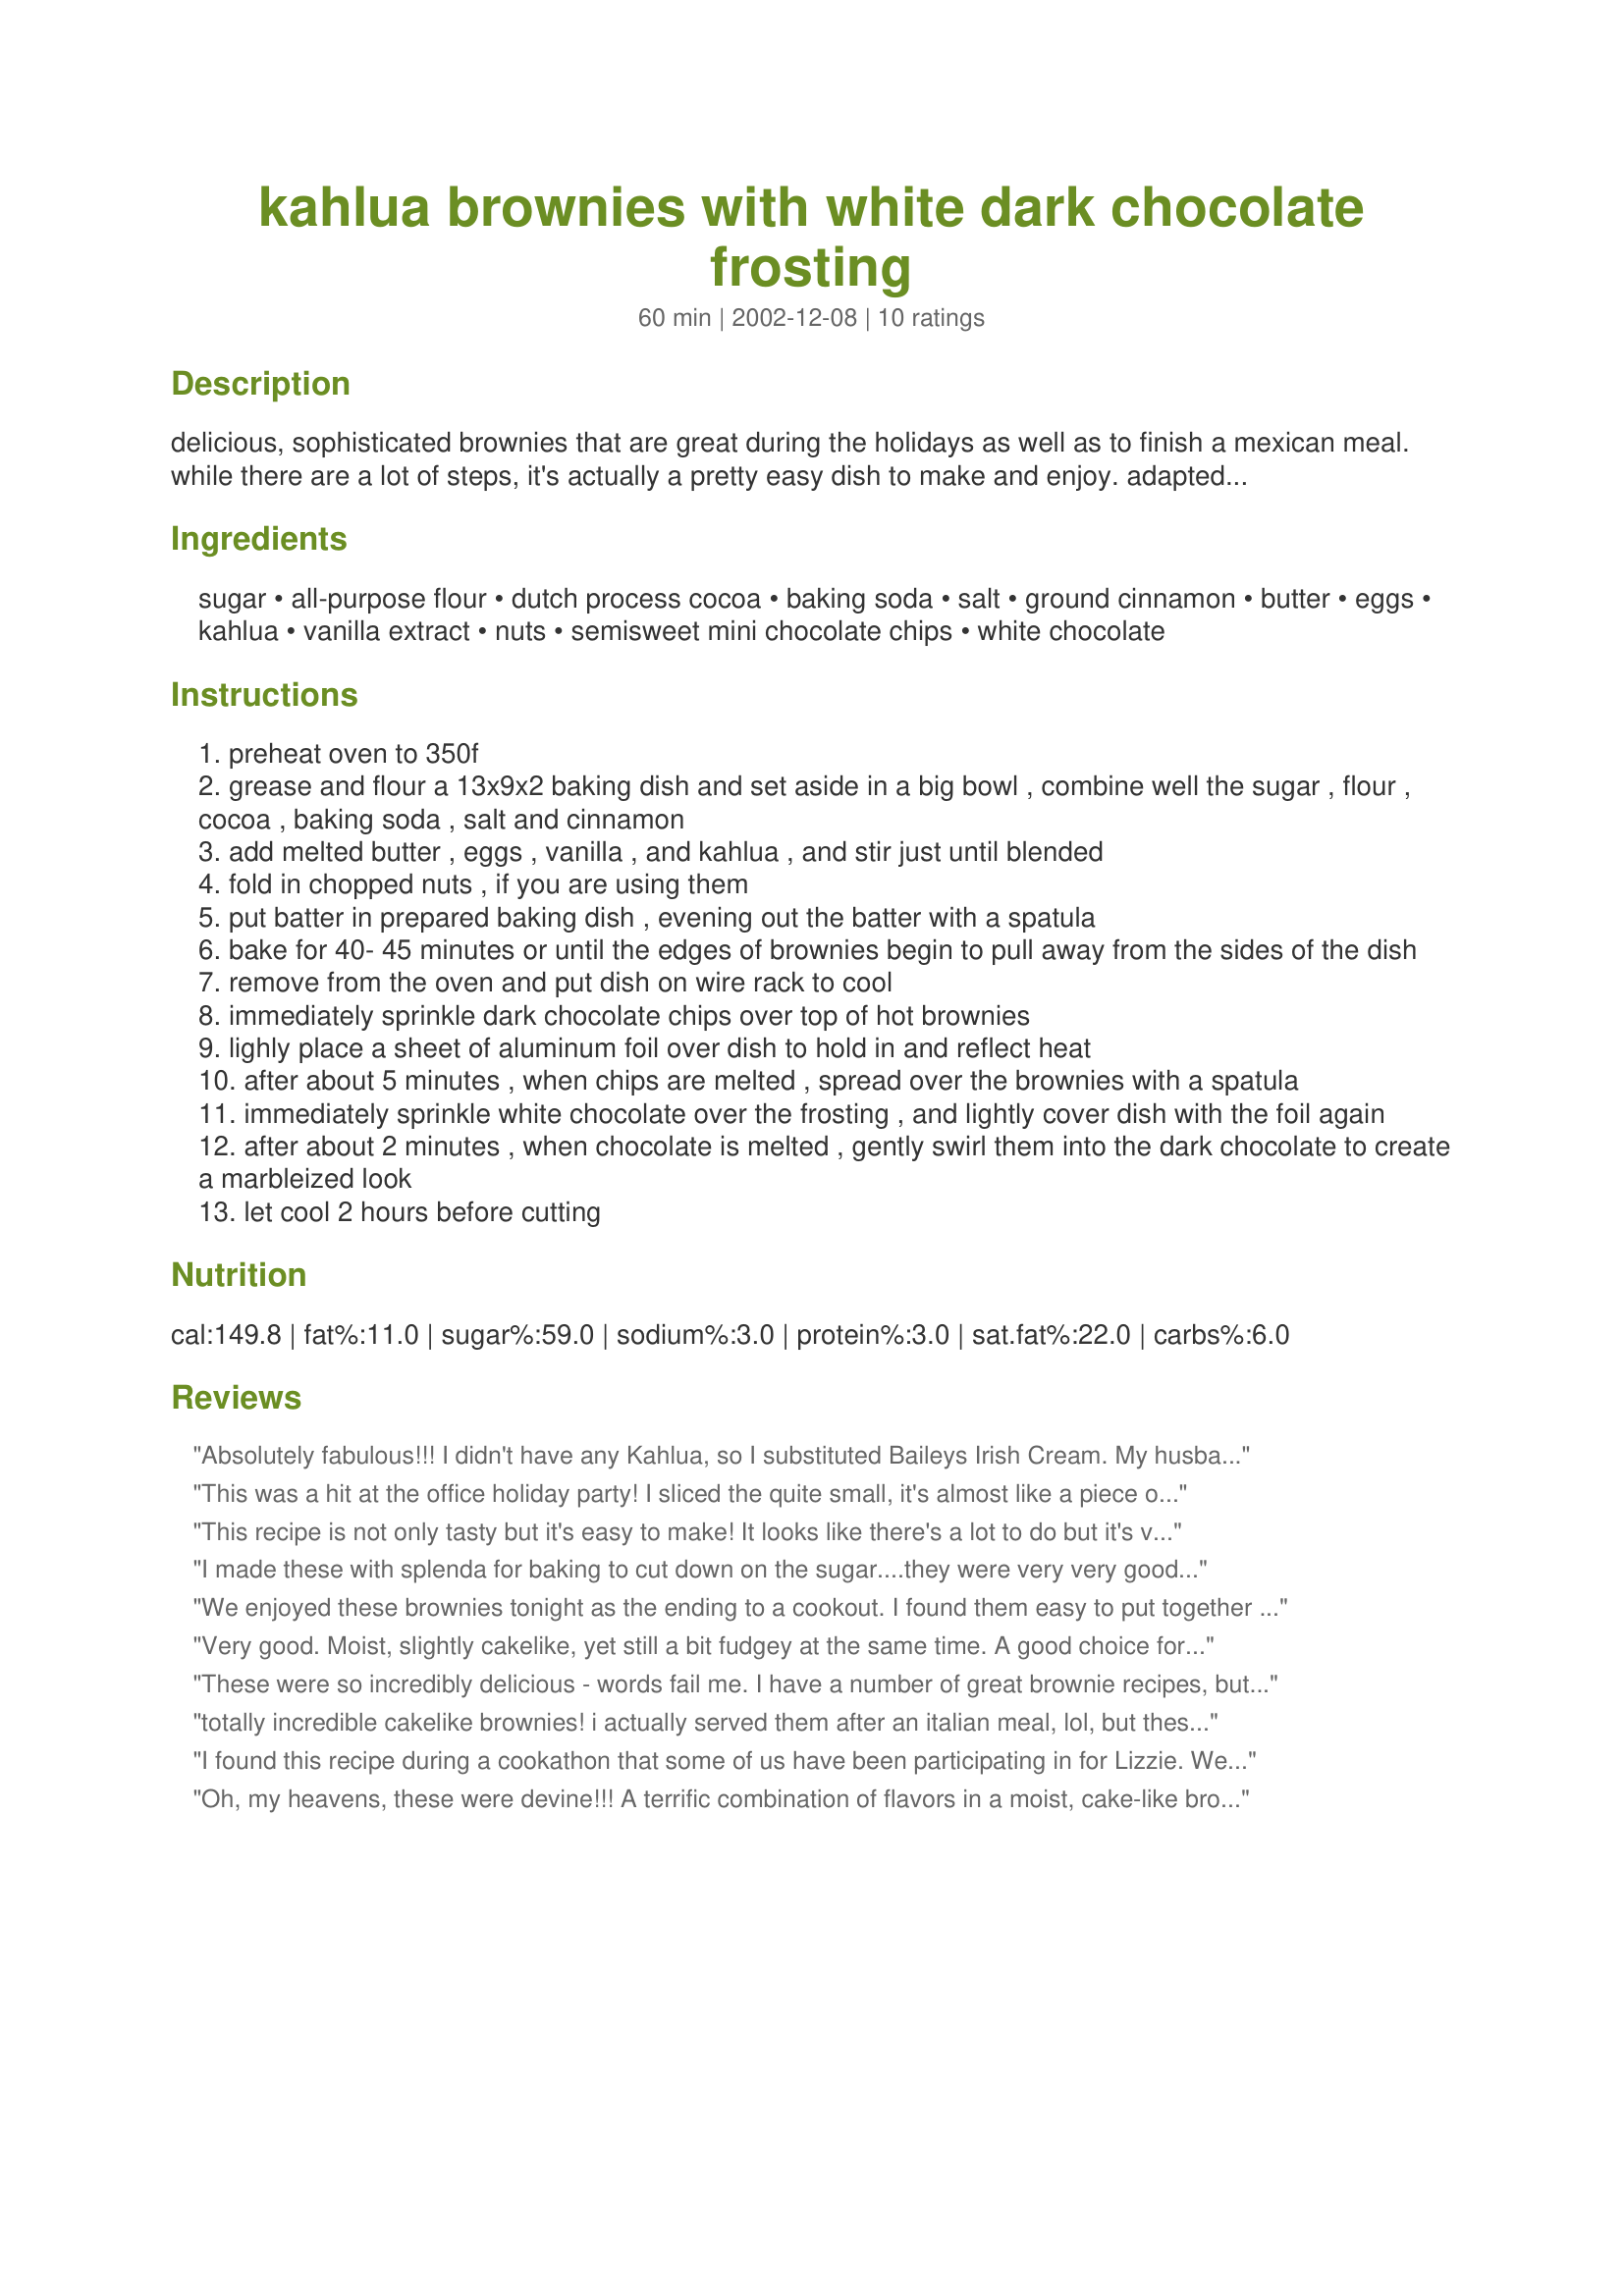
kahlua brownies with white dark chocolate frosting
Preparation time: 60 minutes

delicious, sophisticated brownies that are great during the holidays as well as to finish a mexican meal. while there are a lot of steps, it's actually a pretty easy dish to make and enjoy. adapted from "layers of flavor" by ray overton.

Ingredients:
sugar, all-purpose flour, dutch process cocoa, baking soda, salt, ground cinnamon, butter, eggs, kahlua, vanilla extract, nuts, semisweet mini chocolate chips, white chocolate

Steps:
preheat oven to 350f
grease and flour a 13x9x2 baking dish and set aside in a big bowl , combine well the sugar , flour , cocoa , baking soda , salt and cinnamon
add melted butter , eggs , vanilla , and kahlua , and stir just until blended
fold in chopped nuts , if you are using them
put batter in prepared baking dish , evening out the batter with a spatula
bake for 40- 45 minutes or until the edges of brownies begin to pull away from the sides of the dish
remove from the oven and put dish on wire rack to cool
immediately sprinkle dark chocolate chips over top of hot brownies
lighly place a sheet of aluminum foil over dish to hold in and reflect heat
after about 5 minutes , when chips are melted , spread over the brownies with a spatula
immediately sprinkle white chocolate over the frosting , and lightly cover dish with the foil again
after about 2 minutes , when chocolate is melted , gently swirl them into the dark chocolate to create a marbleized look
let cool 2 hours before cutting

Reviews:
Absolutely fabulous!!! I didn't have any Kahlua, so I substituted Baileys Irish Cream. My husband raved about these, and he doesn't even care for chocolate all that much. The brownies were more cakelike than fudgy, and I baked them a full 45 minutes (next time I'd probably stop at 40, but that's my mistake, and no fault of the recipe). I had my doubts about using chocolate chips for the frosting, but they made a delicious frosting, and spread nicely over the finished brownies for me. I didn't measure the white chocolate chips, just scattered a good handful over the melted chocolate chips. I'll definitely keep this one in my cookbook and make it again!
This was a hit at the office holiday party! I sliced the quite small, it's almost like a piece of brownie w/fudge on top!
This recipe is not only tasty but it's easy to make! It looks like there's a lot to do but it's very easy to make. I did cut the sugar just a tad and I didn't have any white chocolate so I added a little Reeses Peanut Butter Chips. I got my wonderful kahlua flavor from Dana's Home Made Kahlua Recipe #18458. I will definitely be making this again. Thank you for sharing.
I made these with splenda for baking to cut down on the sugar....they were very very good...
We enjoyed these brownies tonight as the ending to a cookout. I found them easy to put together and bake. I should have checked them sooner because as the minimum amount of time they were a tad overcooked. Not sure that it's something I'd rush to make again (they were good - just not phenomenal) but we enjoyed them. Thanks so much for posting!
Very good. Moist, slightly cakelike, yet still a bit fudgey at the same time. A good choice for a potluck or bake sale as this makes a ton of brownies. The icing trick with the chocolate chips, while very inventive, didn't work as well for me. Even though I followed the directions carefully, when I used my spatula to spread the melted chips across the brownies, some parts of the top lyaer of the brownies started to pull up & tear. This did nothing to affect the taste, but did affect the appearance. Still, this is a very good recipe and worth repeating. Thanks for sharing.
These were so incredibly delicious - words fail me. I have a number of great brownie recipes, but this surpasses all of them. I'll definitely be making these on a regular basis.
totally incredible cakelike brownies! i actually served them after an italian meal, lol, but these were to die for! baking time was right on and we all enjoyed every crumb! this one is a keeper.
I found this recipe during a cookathon that some of us have been participating in for Lizzie. We bring snacks to work on Fridays and this was the hit of the day!! I didn't do the marbelizing trick with the white chocolate. I just drizzled some on top of the chocolate frosting in a swirly pattern. These were to die for!! I guarantee I'll be making these again.
Oh, my heavens, these were devine!!! A terrific combination of flavors in a moist, cake-like brownie. We couldn't wait for them to cool completely, so we ate the first few pieces while they were still warm. I'm surprised there were any left to serve when they cooled off! I took Beth's suggestion and baked these to cap off our meal with her Chipolte & Honey Glazed Pork (#49161). They really are a nice finish to a Mexican meal, but I would serve them anytime. (I even had the last one for breakfast.) Thanks, Beth. I'll make these again and again!
